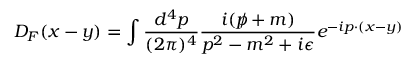
D _ { F } ( x - y ) = \int { \frac { d ^ { 4 } p } { ( 2 \pi ) ^ { 4 } } } { \frac { i ( { p \! \! \! / } + m ) } { p ^ { 2 } - m ^ { 2 } + i \epsilon } } e ^ { - i p \cdot ( x - y ) }